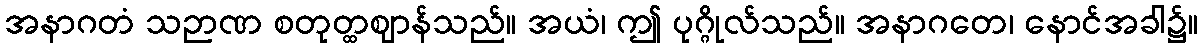
အနာဂတံ သဉာဏ စတုတ္ထဈာန်သည်။ အယံ၊ ဤ ပုဂ္ဂိုလ်သည်။ အနာဂတေ၊ နောင်အခါ၌။